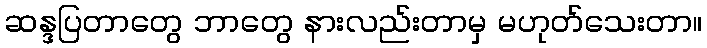
ဆန္ဒပြတာတွေ ဘာတွေ နားလည်းတာမှ မဟုတ်သေးတာ။